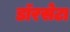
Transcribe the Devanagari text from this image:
डॉरसेटा